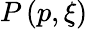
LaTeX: P\left(p,\xi\right)